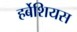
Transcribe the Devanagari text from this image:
हर्बेशियस